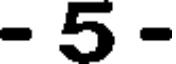
- 5 -